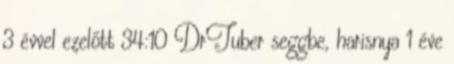
3 évvel ezelőtt 34:10 DrTuber seggbe, harisnya 1 éve